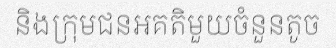
និងក្រុមជនអគតិមួយចំនួនតូច